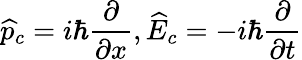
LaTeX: \widehat{p}_{c}=i\hbar\frac{\partial}{\partial x},\widehat{E}_{c}=-i\hbar\frac{\partial}{\partial t}